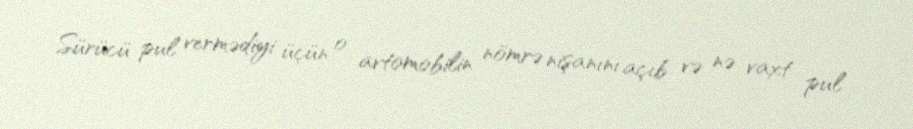
Sürücü pul vermədiyi üçün o avtomobilin nömrə nişanını açıb və nə vaxt pul